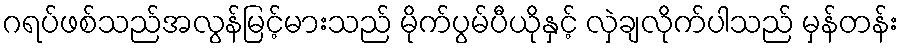
ဂရပ်ဖစ်သည်အလွန်မြင့်မားသည် မိုက်ပွမ်ပီယိုနှင့် လှဲချလိုက်ပါသည် မှန်တန်း